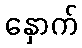
နှောက်